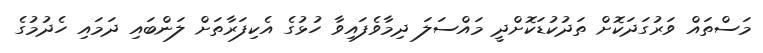
މަސްތައް ވަރުގަދަކޮށް ތަދުކުޑަކޮށްދީ މައްސަލަ ދިމާވެފައިވާ ހުޅުގެ އެކިފަރާތަށް ލަންބައި ދަމައި ހެދުމުގެ